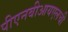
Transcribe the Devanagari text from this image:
पीएनबीआयएलची